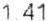
1.41